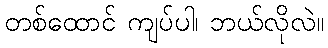
တစ်ထောင် ကျပ်ပါ၊ ဘယ်လိုလဲ။